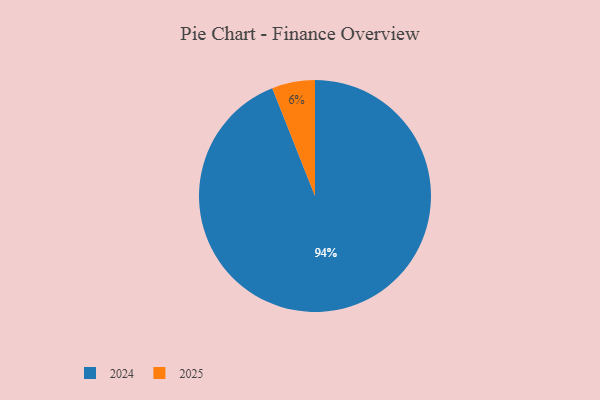
{"axis": {"x": "Category", "y": "Percentage"}, "legend": ["2024", "2025"], "data": [{"x": "2024", "y": 94, "type": "2024"}, {"x": "2025", "y": 6, "type": "2025"}]}